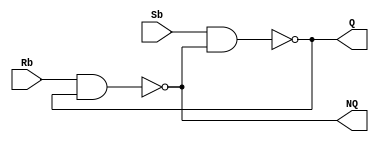
module Lab3_SbRb_Latch_gatelevel(output Q, NQ, input Sb, Rb);
	nand #(2)g3(Q,Sb,NQ);
	nand #(2)g4(NQ,Rb,Q);
endmodule